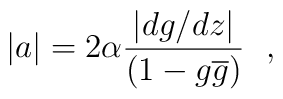
|a| =2\alpha\frac{\left| dg/dz \right|}{(1-g\overline{g})}~~,